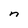
Character: n